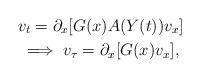
LaTeX: \begin{gather*}v_t=\partial_x[G(x)A(Y(t))v_x]\\\implies v_\tau=\partial_x[G(x)v_x],\end{gather*}